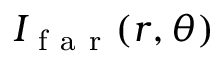
I _ { \mathrm { ~ f ~ a ~ r ~ } } ( r , \theta )